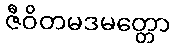
ဇီဝိတမဒမတ္တော